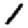
Digit: 1